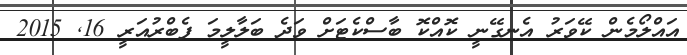
އައްލޯމެން ކޭވަރު އެނގޭނީ ކޮއްކޮ ބާސްކެޓަށް ވަދެ ބަލާލީމަ ފެބްރުއަރީ 16